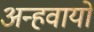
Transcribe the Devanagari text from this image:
अन्‍हवायो